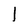
Character: 1